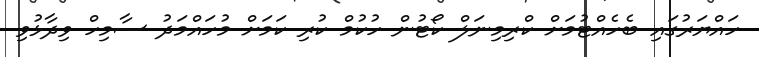
ހައްޔަރުގައި ބެހެއްޓުމަށް ކްރިމިނަލް ކޯޓުން ހުކުމް ކުރި ކަމަށް މުހައްމަދު ސާމިހް ވިދާޅުވި